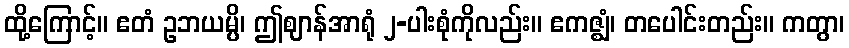
ထို့ကြောင့်။ ဧတံ ဥဘယမ္ပိ၊ ဤဈာန်အာရုံ ၂-ပါးစုံကိုလည်း။ ဧကဇ္ဈံ၊ တပေါင်းတည်း။ ကတွာ၊